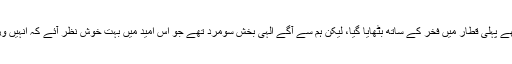
قابل پیش گوئی طور پر مجھے پہلی قطار میں فخر کے ساتھ بٹھایا گیا، لیکن ہم سے آگے الہی بخش سومرد تھے جو اس امید میں بہت خوش نظر آئے کہ انہیں وزیراعظم نامزد کیا جائے گا۔